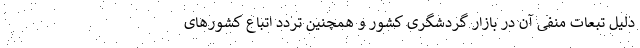
دلیل تبعات منفی آن در بازار گردشگری کشور و همچنین تردد اتباع کشورهای